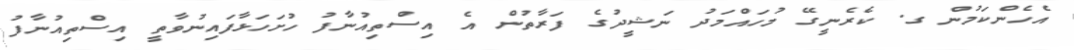
އެހެންކަމުން ގ. ކެރެނީގޭ މުހައްމަދު ނަޝީދުގެ ފަރާތުން އެ އިސްުތިއުނާފު ހުށަހަޅާފައިނުވާތީ އިސްތިއުނާފު